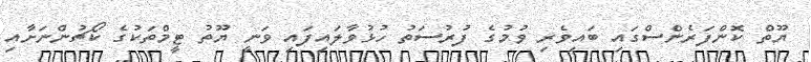
ޔޫތް ކޮންފަރެންސްގައި ބައިވެރި ވުމުގެ ފުރުސަތު ހުޅުވާލައިފައި ވަނީ ޔޫތު ޓީމްތަކުގެ ކޯޗުންނަށާއި